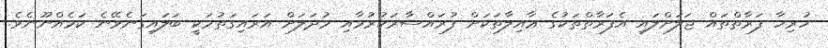
ހުރިހާ ފަރާތްތައް ޖަލަށްލައި އެފަރާތްތަކުގެ ޢާއިލާތަކަށް ފުރައްސާރަކުރުމާއި މުދަލަށް އަރައިގަތުމަކީ ބަލައިގަނެވޭނެ ކަމެއްނޫނެވެ.